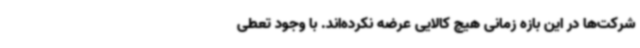
شرکت‌ها در این بازه زمانی هیچ کالایی عرضه نکرده‌اند. با وجود تعطی